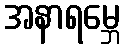
အနာရမ္ဘေ